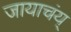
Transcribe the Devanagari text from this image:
जायाचंय्‌